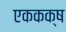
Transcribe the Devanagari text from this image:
एककक्ष